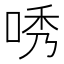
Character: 唀